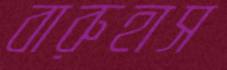
বারুহাস